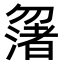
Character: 𠤆